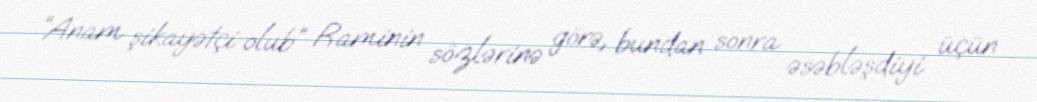
“Anam şikayətçi olub” Raminin sözlərinə görə, bundan sonra əsəbləşdiyi üçün